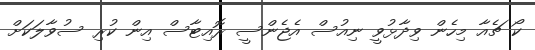
ކޯ ޗެއާ މިހެން ވިދާޅުވީ ނިއުސް އެޖެންސީ ރޮއިޓާސް އިން ކުރި ސުވާލަކަށް